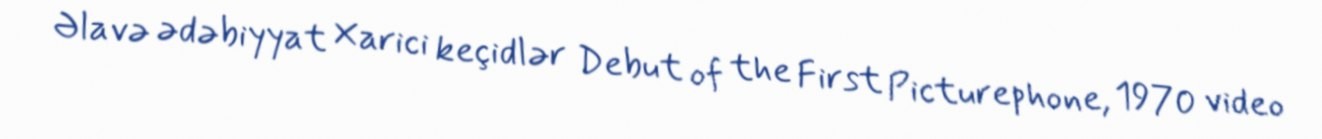
Əlavə ədəbiyyat Xarici keçidlər Debut of the First Picturephone, 1970 video